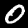
Label: 0